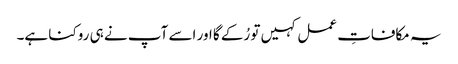
یہ مکافاتِ عمل کہیں تو رُکے گا اور اسے آپ نے ہی روکنا ہے۔